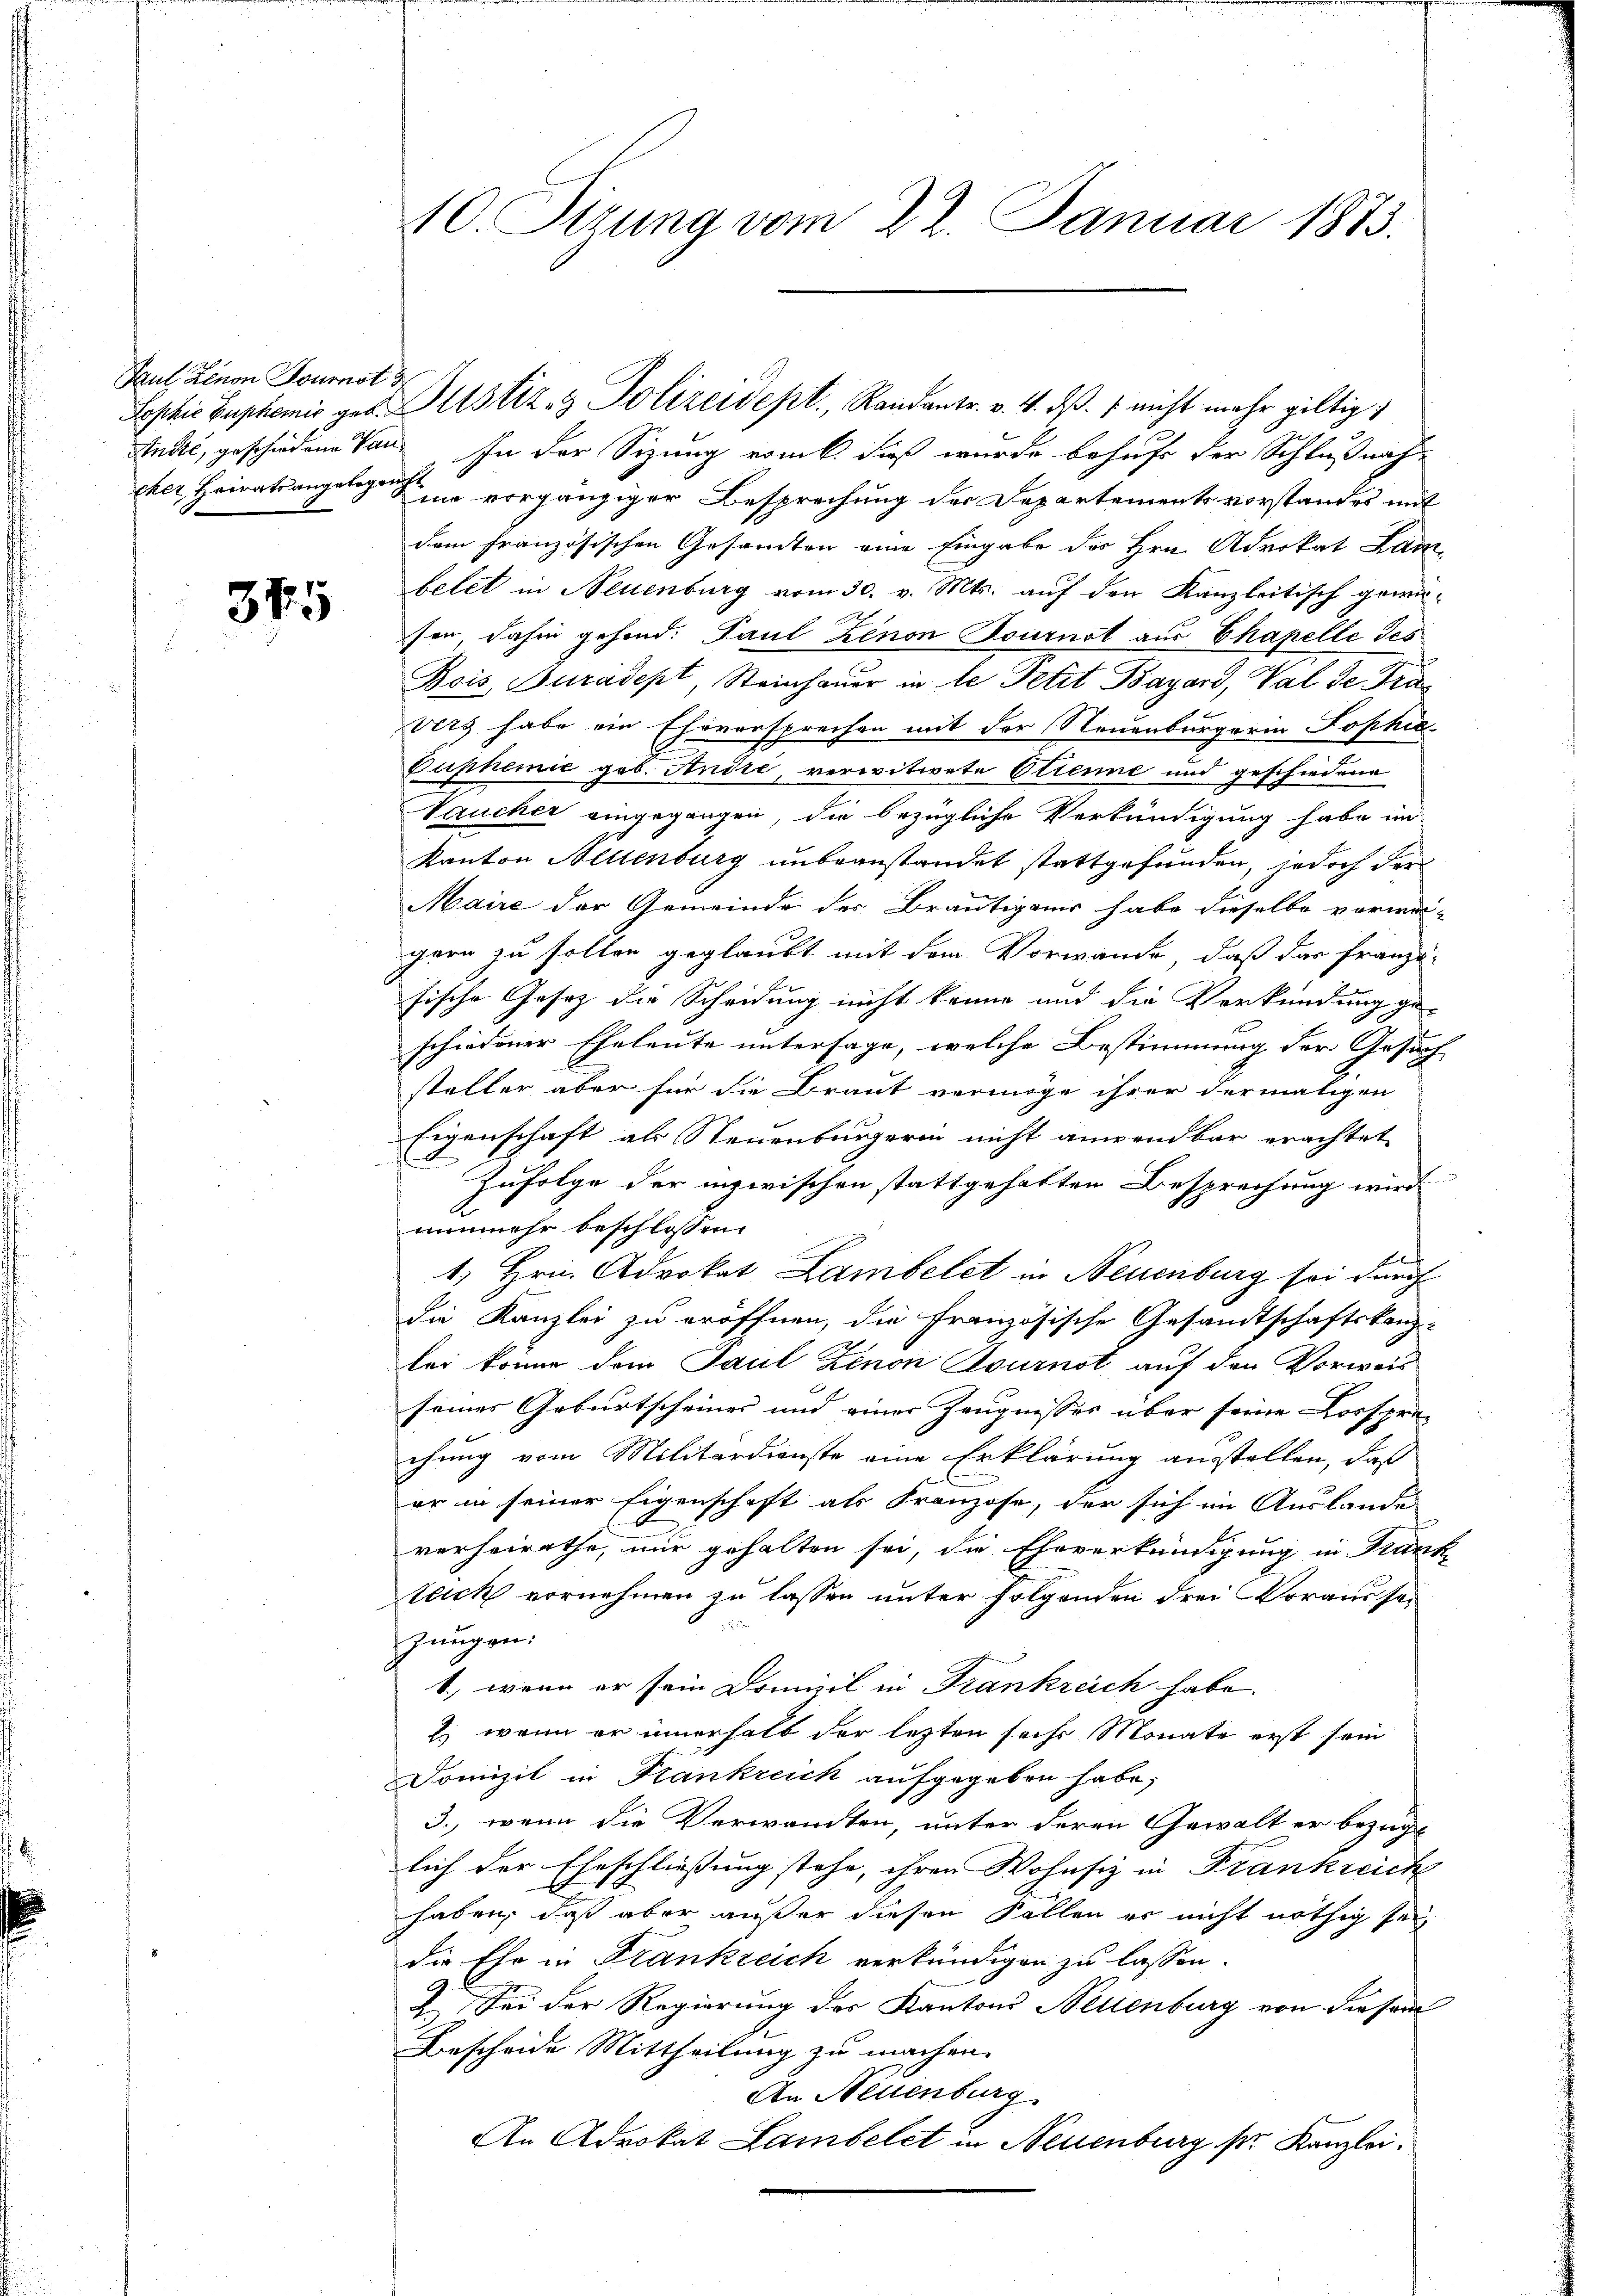
Paul Linon Journot d

375

Andić, geschiedene Ven. In der Sizung vom 6. dieß wurde behufe der Schlußnah-
pher, Heiratsangelegen sie vorgängiger Besprechung der Departements vorstandes mit
dem französischen Gesamten eine Eingabe des Hrn. Advokat Lam
betet in Neuenburg vom 30. v. Mts. auf den Kanzleitisch gemüsen, dahin gehend: Paul Zenon Tournot aus Chapelle des
Bois Turadept, Steinhauer in le Petit Bazard, Val de Prävets habe ein Eheversprechen mit der Neuenburgerin Sophie-
Guphemie geb. Andre, verwitwete Otienne und geschiedene
Vaucher eingegangen, die bezügliche Verkündigung habe im
Kanton Neuenburg unbeanstandet stattgefunden, jedoch der
Maire der Gemeinde der Bräutigams habe dieselbe vorma-
gern zu sollen geglaubt mit dem Vorwande, daß das Franzu-
sische Gesetz die Scheidung nicht könne und die Verkündung ge-
schiedener Eheleute untersage, welche Bestimmung der Gesuch
steller aber für die Braut vermöge ihrer dermaligen
Eigenschaft als Neuenburgerin nicht anwendbar erachtet
Zufolge der inzwischen stattgehabten Besprechung wird
nunmehr beschlossen:
1. Hrn. Advokat Lambelet in Neuenburg sei durch
die Kanzlei zu eröffnen, die französische Gesandtschaftskanz-
bei könne dem Paul Zenon Cournst auf den Vorweis
seines Geburtscheines und einer Zeugnisses über seine Lorspre-
chung vom Militärdienste eine Erklärung austellen, daß
er in seiner Eigenschaft als Franzose, der sich im Auslande
verheirathe, nur gehalten sei, die Eheverkündigung in Krankteich vornehmen zu lassen unter folgenden drei Voraus sei
Jungen:
1., wenn er sein Drenizil in Frankreich habe.
) wenn er innerhalb der letzten sechs Monate erst sein
Domizil in Krankreich aufgegeben habe;
3., wenn die Verwandten, unter deren Gewalt er bezügl
lich der Eheschließung stehe, ihren Wohnsiz in Frankreich
haben, daß aber außer diesen Fällen es nicht nöthig sei
die Ehe in Frankreich verkündigen zu lassen.
I. Sei der Regierung des Kantons Neuenburg von diesem
Bescheide Mittheilung zu machen.
An Neuenburg
An Advokat Lambelet in Neuenburg ser Kanzlei.

10. Sizung vom 22. Januar 1883.

Lophie Buphemie geb. Gustiz- & Polizeidept., Randantr. v. 4. d. 1 nicht mehr giltig